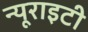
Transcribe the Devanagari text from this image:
न्यूराइटी